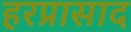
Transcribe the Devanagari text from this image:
हरप्रासाद